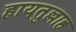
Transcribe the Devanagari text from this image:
हायतुल्लाह